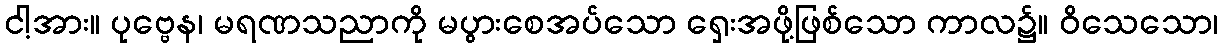
ငါ့အား။ ပုဗ္ဗေန၊ မရဏသညာကို မပွားစေအပ်သော ရှေးအဖို့ဖြစ်သော ကာလ၌။ ဝိသေသော၊